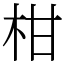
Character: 柑